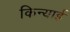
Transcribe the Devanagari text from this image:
किन्याई